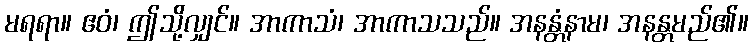
မရရာ။ ဧဝံ၊ ဤသို့လျှင်။ အာကာသံ၊ အာကာသသည်။ အနန္တံနာမ၊ အနန္တမည်၏။